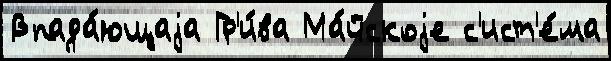
Впада́ющаjа Гр'и́ва Ма́йскоjе с'ист'е́ма